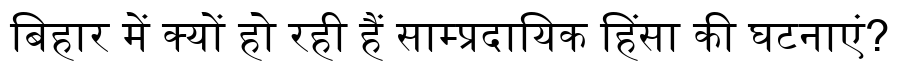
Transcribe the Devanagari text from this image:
बिहार में क्यों हो रही हैं साम्प्रदायिक हिंसा की घटनाएं?